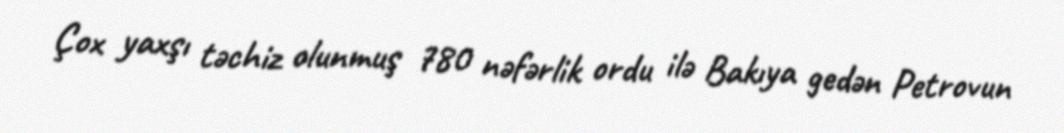
Çox yaxşı təchiz olunmuş 780 nəfərlik ordu ilə Bakıya gedən Petrovun